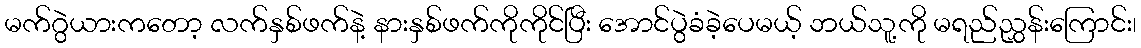
မက်ဂွဲယားကတော့ လက်နှစ်ဖက်နဲ့ နားနှစ်ဖက်ကိုကိုင်ပြီး အောင်ပွဲခံခဲ့ပေမယ့် ဘယ်သူ့ကို မရည်ညွှန်းကြောင်း၊